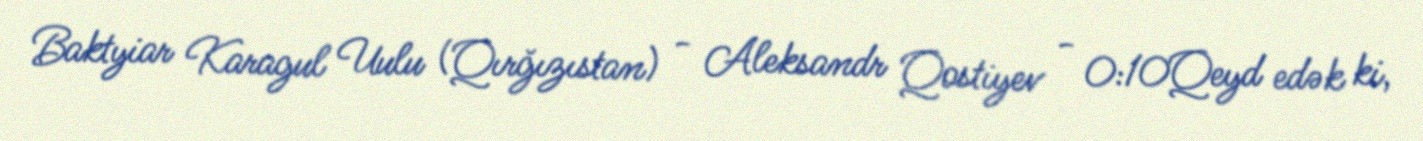
Baktyiar Karagul Uulu (Qırğızıstan) - Aleksandr Qostiyev - 0:10Qeyd edək ki,